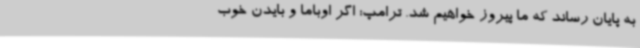
به پایان رساند که ما پیروز خواهیم شد. ترامپ: اگر اوباما و بایدن خوب